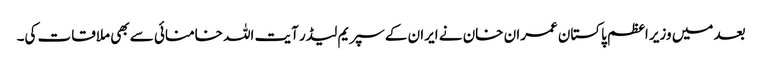
بعد میں وزیر اعظم پاکستان عمران خان نے ایران کے سپریم لیڈر آیت اللہ خامنائی سے بھی ملاقات کی۔